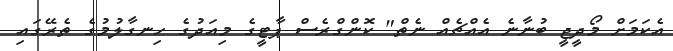
އެކަމަށް މޯދީޖީ ބުނާނެ އެއްޗެއް ނެތް" ކޮންގްރެސް ޕާޓީގެ މިއަދުގެ ހިނގާލުމުގެ ތެރޭގައި